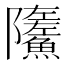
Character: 𩼏